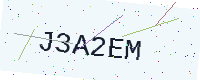
Text: J3A2EM